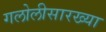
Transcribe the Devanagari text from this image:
गलोलीसारख्या